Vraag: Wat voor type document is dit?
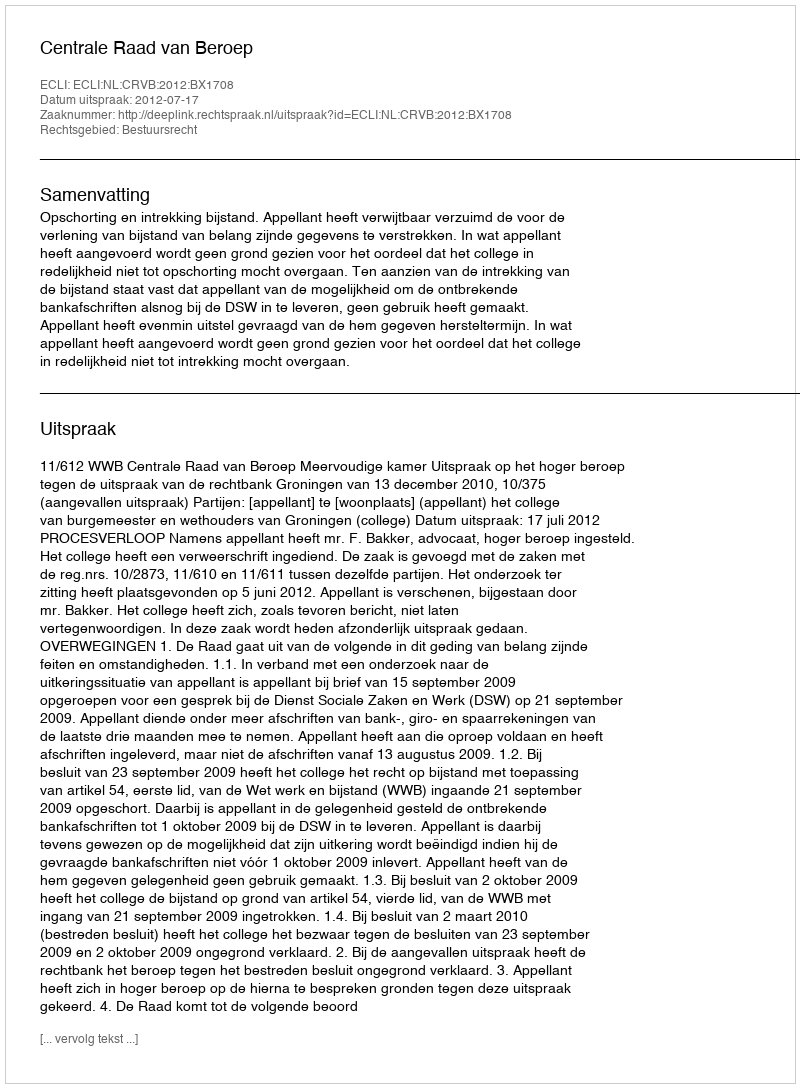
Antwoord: Uitspraak